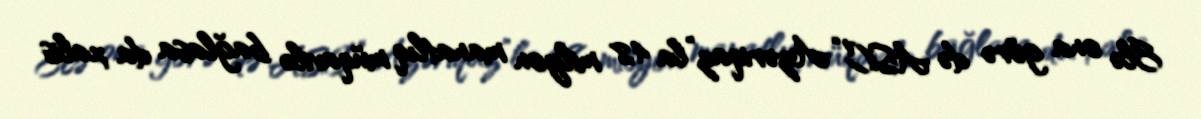
Elə ona görə də ASC “Azəriqaz”la 4,8 milyon manatlıq müqavilə bağlasa da xalis